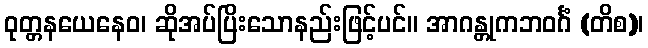
ဝုတ္တနယေနေဝ၊ ဆိုအပ်ပြိးသောနည်းဖြင့်ပင်။ အာဂန္တုကဘဝင်္ဂံ (တိစ)၊